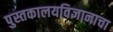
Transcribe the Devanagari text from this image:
पुस्तकालयविज्ञानाचा